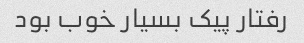
رفتار پیک بسیار خوب بود